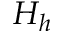
H _ { h }